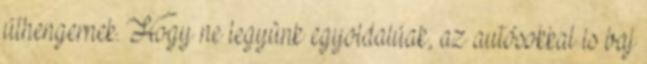
úthengernek. Hogy ne legyünk egyoldalúak, az autósokkal is baj